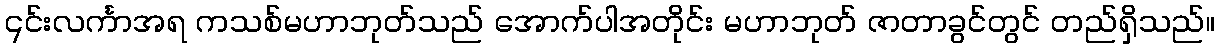
၎င်းလင်္ကာအရ ကသစ်မဟာဘုတ်သည် အောက်ပါအတိုင်း မဟာဘုတ် ဇာတာခွင်တွင် တည်ရှိသည်။